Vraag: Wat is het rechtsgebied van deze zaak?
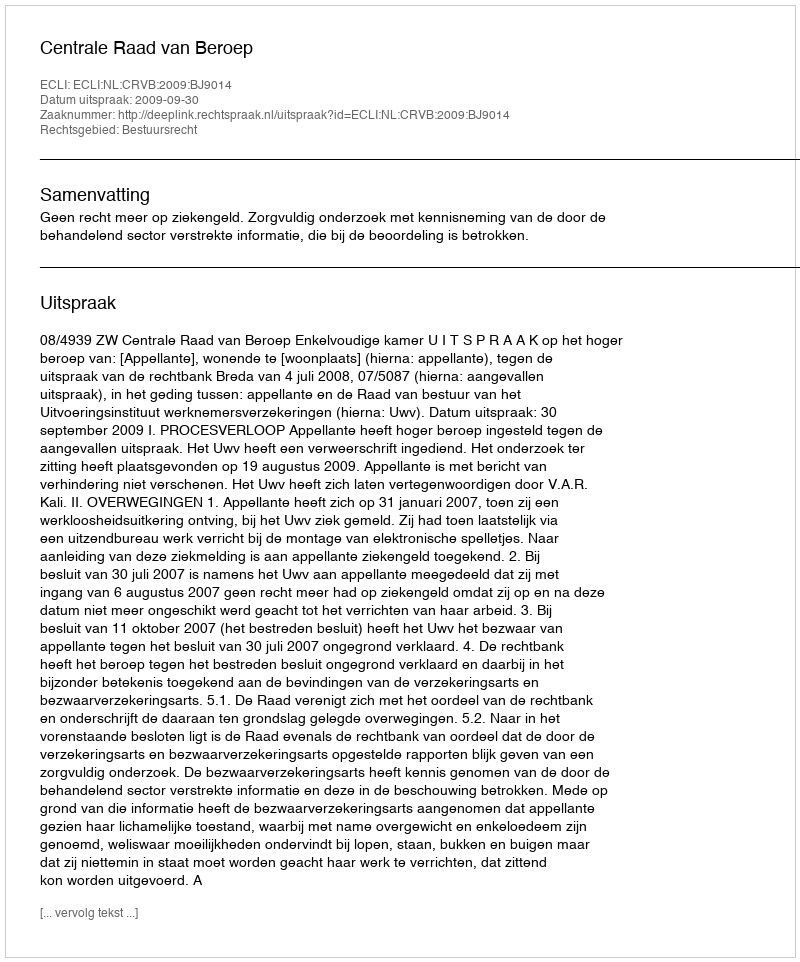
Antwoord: Bestuursrecht